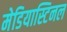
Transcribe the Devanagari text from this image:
मेडियास्टिनल